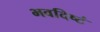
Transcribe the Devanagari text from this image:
भवदिष्टं